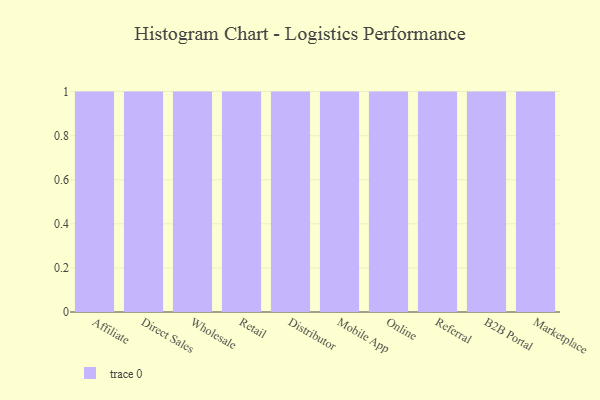
{"axis": {"x": "Channel", "y": "Inventory Turnover"}, "legend": [""], "data": [{"x": "Affiliate", "y": 84, "type": ""}, {"x": "Direct Sales", "y": 91, "type": ""}, {"x": "Wholesale", "y": 26, "type": ""}, {"x": "Retail", "y": 48, "type": ""}, {"x": "Distributor", "y": 80, "type": ""}, {"x": "Mobile App", "y": 66, "type": ""}, {"x": "Online", "y": 91, "type": ""}, {"x": "Referral", "y": 20, "type": ""}, {"x": "B2B Portal", "y": 93, "type": ""}, {"x": "Marketplace", "y": 32, "type": ""}]}